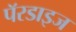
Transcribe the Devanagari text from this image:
पॅरडाइज